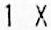
1 X